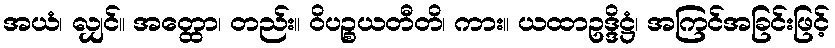
အယံ၊ လျှင်။ အတ္ထော၊ တည်း။ ဝိပဉ္စယတီတိ၊ ကား။ ယထာဥဒ္ဒိဋ္ဌံ၊ အကြင်အခြင်းဖြင့်